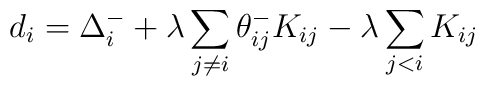
d_{i} = \Delta_i^- + \lambda \sum_{j\neq i} \theta^-_{ij} K_{ij} - \lambda\sum_{j<i} K_{ij}